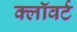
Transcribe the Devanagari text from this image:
क्लॉवर्ट